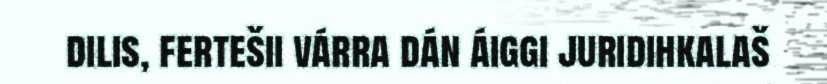
dilis, fertešii várra dán áiggi juridihkalaš